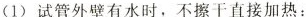
(1)试管外壁有水时，不擦干直接加热：